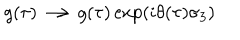
LaTeX: g ( \tau ) \longrightarrow g ( \tau ) \exp \left( i \theta ( \tau ) \sigma _ { 3 } \right)